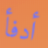
أدفأ